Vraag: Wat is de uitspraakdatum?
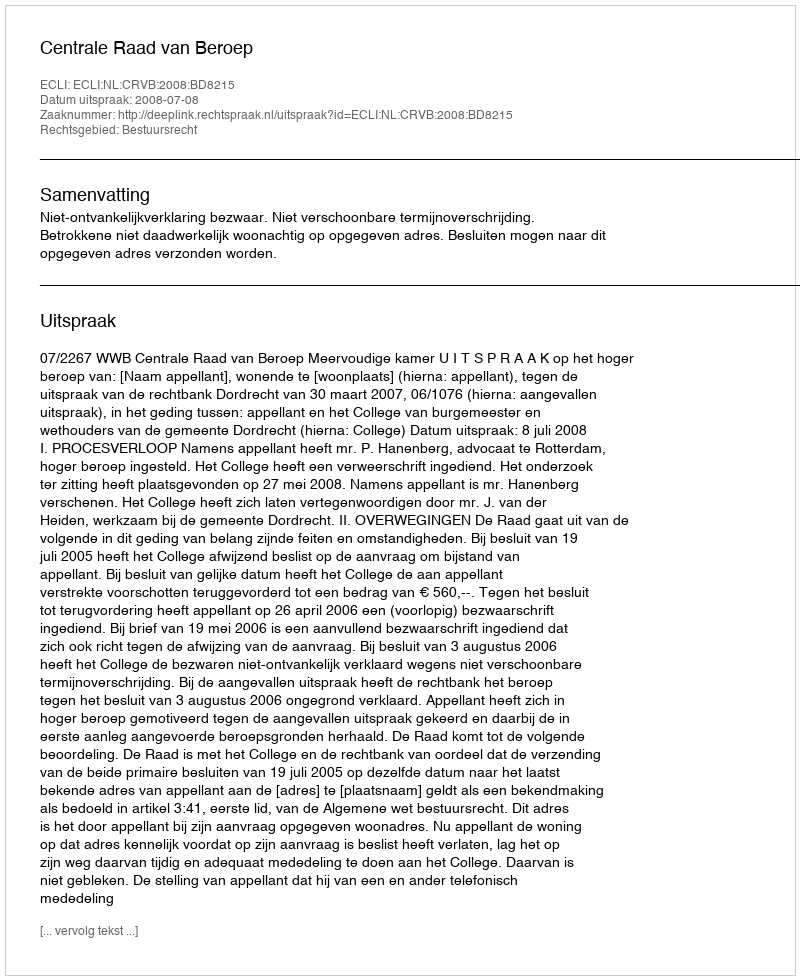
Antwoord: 2008-07-08